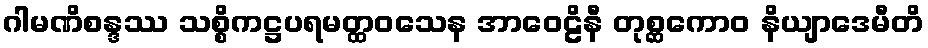
ဂါမဏိစန္ဒဿ သစ္စိကဋ္ဌပရမတ္ထဝသေန အာဝေဠိနီ တုစ္ဆကောဝ နိယျာဒေမီတိ